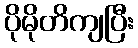
ပိုမိုတိကျပြီး